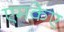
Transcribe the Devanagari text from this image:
एमकेए